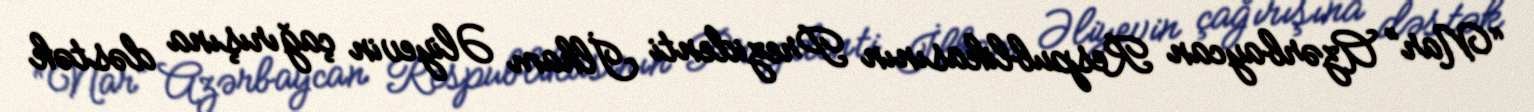
“Nar” Azərbaycan Respublikasının Prezidenti İlham Əliyevin çağırışına dəstək